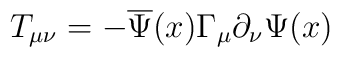
T_{\mu \nu }=-\overline{\Psi }(x)\Gamma _\mu \partial _\nu \Psi (x)